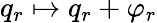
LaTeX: q_{r}\mapsto q_{r}+\varphi_{r}